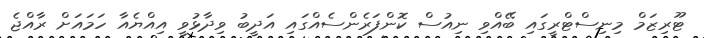
ޓޫރިޒަމް މިނިސްޓްރީގައި ބޭއްވި ނިއުސް ކޮންފަރެންސެއްގައި އަދީބު ވިދާޅުވީ އިއްޔެއާ ހަމައަށް ރާއްޖެ